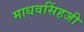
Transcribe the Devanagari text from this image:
माधवसिंहजी